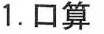
1.口算